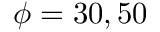
\phi = 3 0 , 5 0